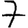
Digit: 7